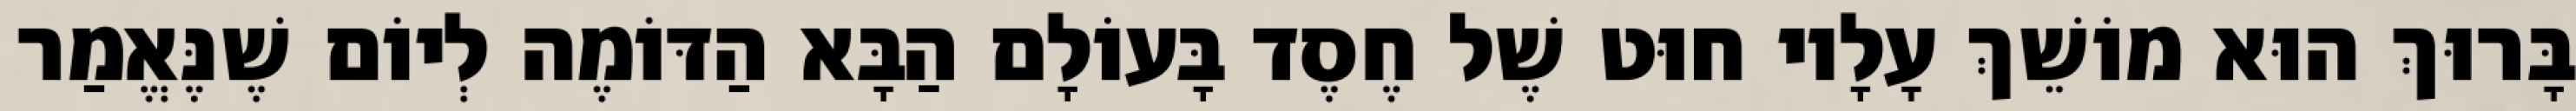
בָּרוּךְ הוּא מוֹשֵׁךְ עָלָיו חוּט שֶׁל חֶסֶד בָּעוֹלָם הַבָּא הַדּוֹמֶה לְיוֹם שֶׁנֶּאֱמַר